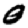
Digit: 0